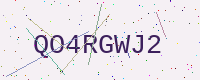
Text: QO4RGWJ2